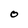
Character: O